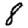
Digit: 8